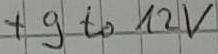
Text: +9 to 12V